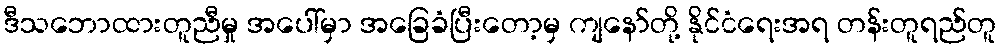
ဒီသဘောထားတူညီမှု အပေါ်မှာ အခြေခံပြီးတော့မှ ကျနော်တို့ နိုင်ငံရေးအရ တန်းတူရည်တူ